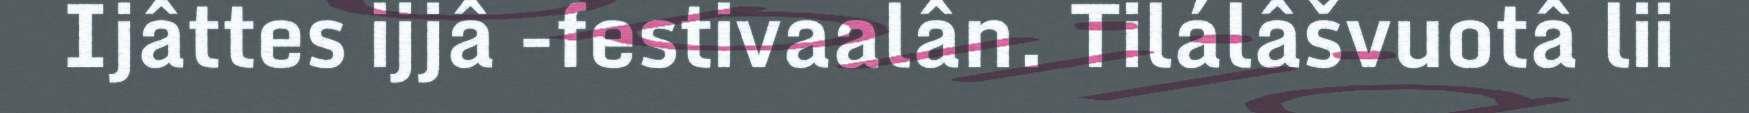
Ijâttes ijjâ -festivaalân. Tilálâšvuotâ lii